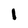
Character: I